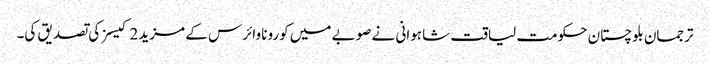
ترجمان بلوچستان حکومت لیاقت شاہوانی نے صوبے میں کورونا وائرس کے مزید 2 کیسز کی تصدیق کی۔